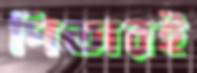
পিতারই